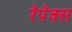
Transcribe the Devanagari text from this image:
रॅपॅक्स